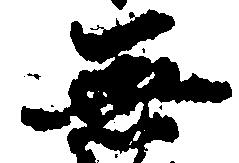
無